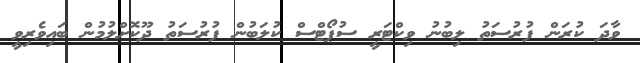
ވާދަ ކުރަން ފުރުސަތު ލިބުނު ވިކްޓަރީ ސުޕޯޓްސް ކުލަބުން ފުރުސަތު ދޫކޮށްލުމުން ބައިވެރިވީ